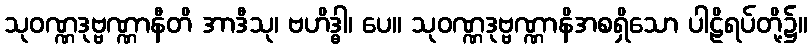
သုဝဏ္ဏဒုဗ္ဗဏ္ဏာနီတိ အာဒီသု၊ ဗဟိဒ္ဓါ၊ ပေ။ သုဝဏ္ဏဒုဗ္ဗဏ္ဏာနိအစရှိသော ပါဠိရပ်တို့၌။